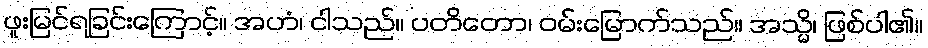
ဖူးမြင်ရခြင်းကြောင့်။ အဟံ၊ ငါသည်။ ပတိတော၊ ဝမ်းမြောက်သည်။ အသ္မိ၊ ဖြစ်ပါ၏။